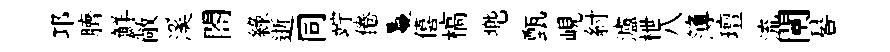
邛臍鮮敞溪閤緑逝同竚倦鬘僖槁兠甄峴紂瀘枻八簿璮流闉晷